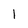
Character: 1